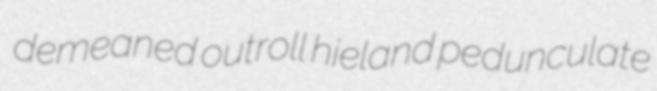
demeaned outroll hieland pedunculate